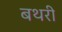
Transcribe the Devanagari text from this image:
बथरी